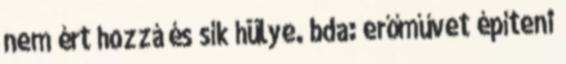
nem ért hozzá és sík hülye. bda: erőművet építeni